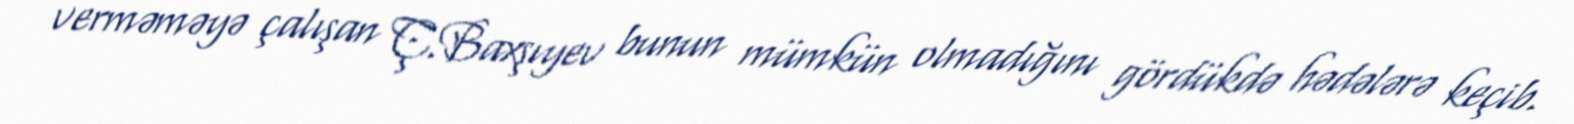
verməməyə çalışan Ç.Baxşıyev bunun mümkün olmadığını gördükdə hədələrə keçib.